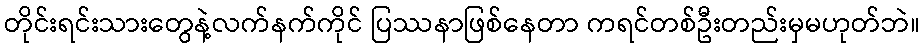
တိုင်းရင်းသားတွေနဲ့လက်နက်ကိုင် ပြဿနာဖြစ်နေတာ ကရင်တစ်ဦးတည်းမှမဟုတ်ဘဲ။